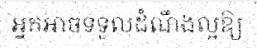
អ្នកអាចទទួលដំណឹងល្អឱ្យ